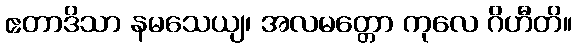
ဧတာဒိသာ နမသေယျ၊ အလမတ္တော ကုလေ ဂိဟီတိ။